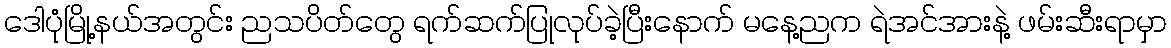
ဒေါပုံမြို့နယ်အတွင်း ညသပိတ်တွေ ရက်ဆက်ပြုလုပ်ခဲ့ပြီးနောက် မနေ့ညက ရဲအင်အားနဲ့ ဖမ်းဆီးရာမှာ